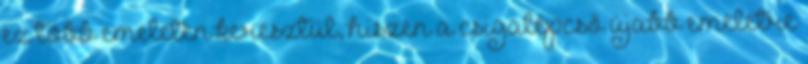
ez több emeleten keresztül, hiszen a csigalépcső újabb emeletre